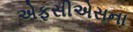
એફસીએસના